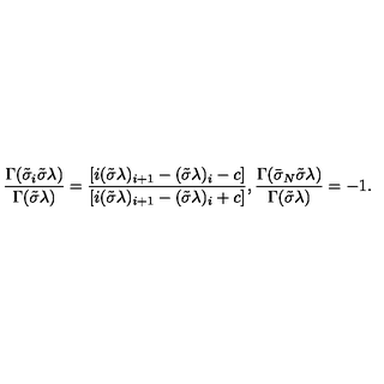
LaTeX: \frac { \Gamma ( \tilde { \sigma } _ { i } \tilde { \sigma } \lambda ) } { \Gamma ( \tilde { \sigma } \lambda ) } = \frac { [ i ( \tilde { \sigma } \lambda ) _ { i + 1 } - ( \tilde { \sigma } \lambda ) _ { i } - c ] } { [ i ( \tilde { \sigma } \lambda ) _ { i + 1 } - ( \tilde { \sigma } \lambda ) _ { i } + c ] } , \frac { \Gamma ( \bar { \sigma } _ { N } \tilde { \sigma } \lambda ) } { \Gamma ( \tilde { \sigma } \lambda ) } = - 1 .